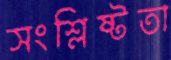
সংশ্লিষ্টতা